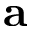
\mathbf { a }